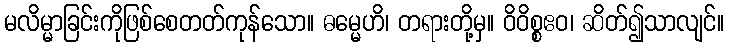
မလိမ္မာခြင်းကိုဖြစ်စေတတ်ကုန်သော။ ဓမ္မေဟိ၊ တရားတို့မှ။ ဝိဝိစ္စဧဝ၊ ဆိတ်၍သာလျင်။